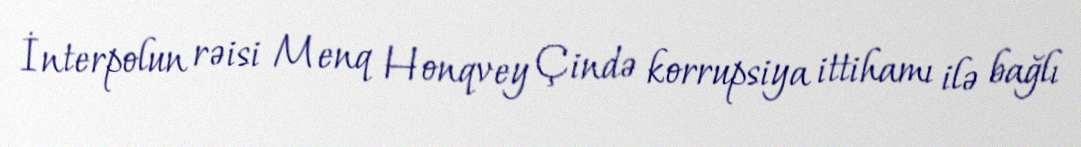
İnterpolun rəisi Menq Honqvey Çində korrupsiya ittihamı ilə bağlı